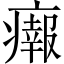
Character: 𤺴